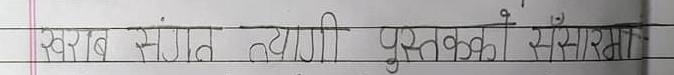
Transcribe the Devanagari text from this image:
स्वरब संगत तन्यांगी पुस्तकको संसारमा